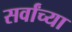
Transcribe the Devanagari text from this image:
सर्वांच्‍या